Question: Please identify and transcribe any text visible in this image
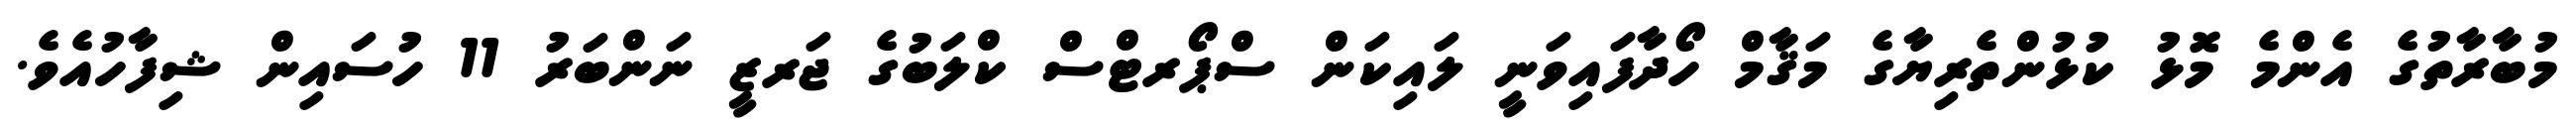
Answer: މުބާރާތުގެ އެންމެ މޮޅު ކުޅުންތެރިޔާގެ މަޤާމް ހޯދާފައިވަނީ ލައިކަން ސްޕޯރޓްސް ކްލަބުގެ ޖަރޒީ ނަންބަރު 11 ހުސައިން ޝިފާހުއެވެ.